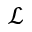
\mathcal { L }